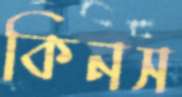
কিনস